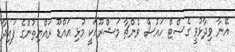
އޭނާ ވިދާޅުވީ ގެސްޓް ހައުސް ވެންޗާ މަޝްރޫއަކީ މުޅި އައްޑޫ ރައްޔިތުންގެ ފައިދާ